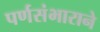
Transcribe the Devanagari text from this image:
पर्णसंभाराने